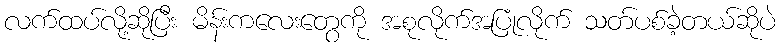
လက်ထပ်လို့ဆိုပြီး မိန်းကလေးတွေကို အစုလိုက်အပြုံလိုက် သတ်ပစ်ခဲ့တယ်ဆိုပဲ